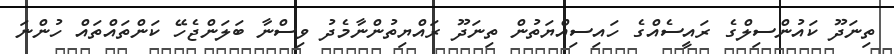
ތިނަދޫ ކައުންސިލްގެ ރައީސެއްގެ ހައިސިއްޔަތުން ތިނަދޫ ރައްޔިތުންނާމެދު ވިސްނާ ބަލަންޖެހޭ ކަންތައްތައް ހުންނަ